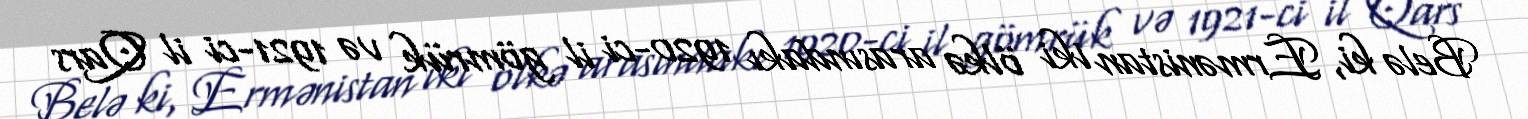
Belə ki, Ermənistan iki ölkə arasındakı 1920-ci il gömrük və 1921-ci il Qars